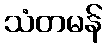
သံတမန်